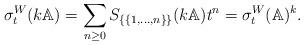
LaTeX: \begin{align*}\sigma_t^W(k\mathbb A)=\sum_{n\geq 0}S_{\{\{1,\dots,n\}\}}(k\mathbb{A})t^n=\sigma_t^W(\mathbb A)^k.\end{align*}